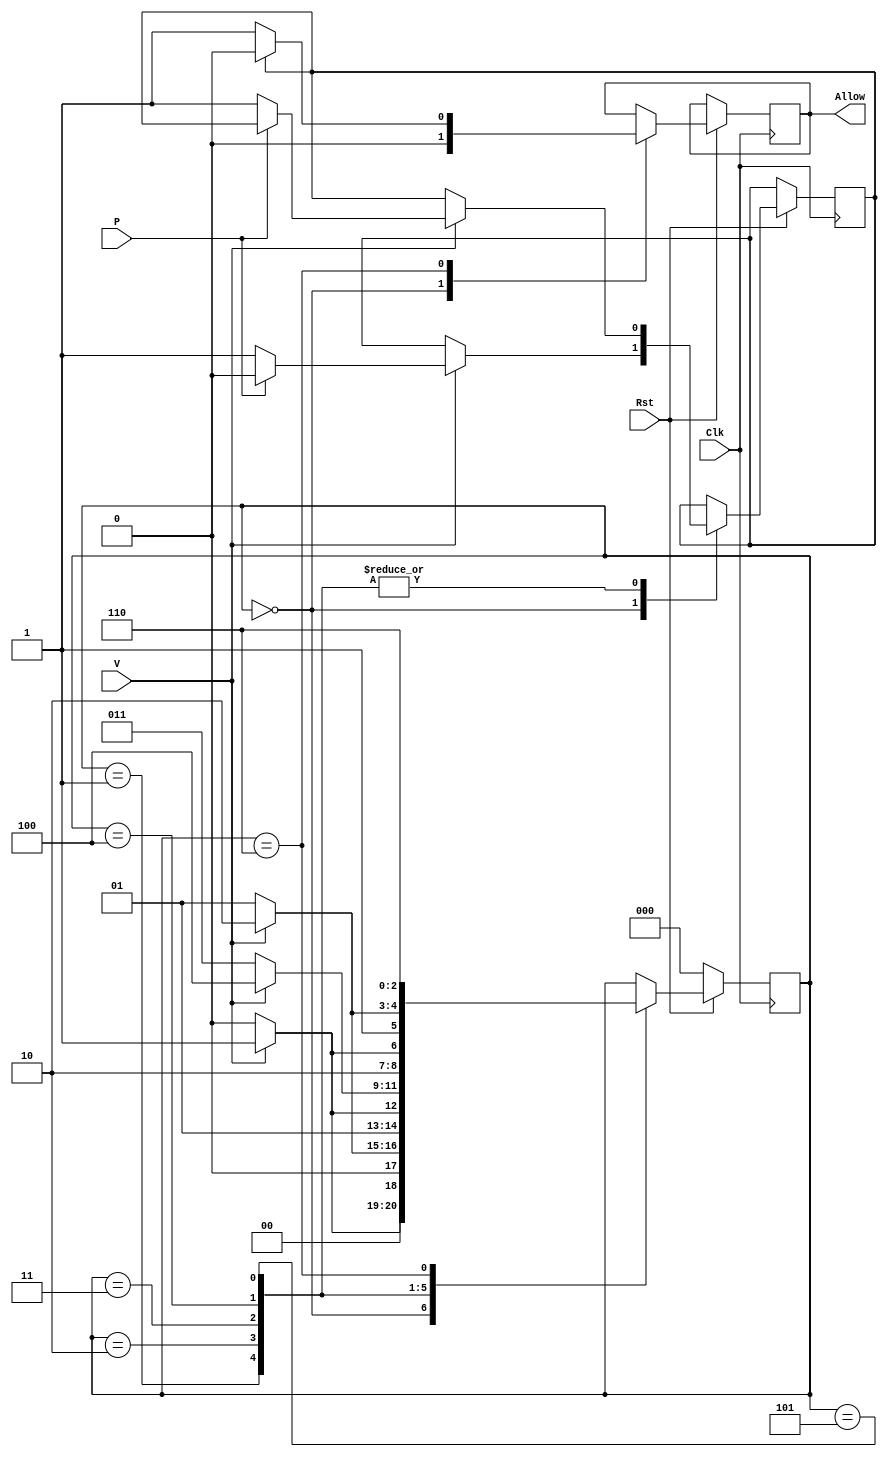
module AccessControl(P,V,Allow,Clk,Rst);
 input P,V,Clk,Rst;
 output Allow;
 reg Allow;
 reg Flag;
 reg [2:0]State;
 parameter INIT=0,B1=1,B2=2,B3=3,B4=4,B5=5,VALID=6;
always@(posedge Clk)
 begin
  if(Rst==1)
  begin
   case(State)
    INIT:
     begin
    Allow<=1'b0;
     if(V==1)     
      begin
       Flag<=0;
       if(P!=1)
        begin
         Flag<=1'b1;
        end
       State<=B1;
      end
     else
      begin
       State<=INIT;
      end  
    end
   B1:
    begin
      if(V==1)
       begin
        if(P!=1)
         begin
         Flag<=1'b1;
         end
        State<=B2;
       end
       else
     begin
     State<=B1;
     end
    end
  B2:
   begin
    if(V==1)
     begin
      if(P!=1)
       begin
        Flag<=1'b1;
       end
       State<=B3;
      end
      else
       begin
       State<=B2;
       end
    end
  B3:
   begin
     if(V==1)
      begin
      if(P!=1)
       begin
        Flag<=1'b1;
       end
      State<=B4;
     end
    else
    begin
     State<=B3;
     end
    end
  B4:
   begin
     if(V==1)
      begin
      if(P!=1)
        begin
         Flag<=1'b1;
        end
      State<=B5;
      end
      else
       begin
        State<=B4;
       end
   end   
   B5:
    begin
     if(V==1)
      begin
       if(P!=1)
        begin
        Flag<=1'b1;
        end
       State<=VALID;
      end 
      else
       begin
        State<=B5;
       end
    end
   VALID:
    begin
     if(Flag==0)
      begin
       Allow<=1'b1;
      end
     else
      begin
       Allow<=1'b0; 
      end
      State<=VALID;
    end
   endcase
 end
 else
  if(Rst==0)
   begin
   State<=INIT;
   end
   else
  begin
   Allow<=1'b0;
   Flag<=1'b0;
   end
end
endmodule